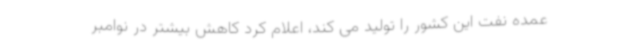
عمده نفت این کشور را تولید می کند، اعلام کرد کاهش بیشتر در نوامبر